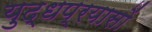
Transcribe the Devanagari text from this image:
युद्धप्रयासों